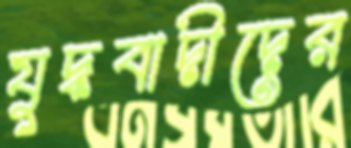
যুদ্ধবাদীদের